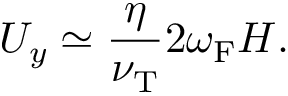
U _ { y } \simeq \frac { \eta } { \nu _ { \mathrm { { T } } } } 2 \omega _ { \mathrm { { F } } } H .